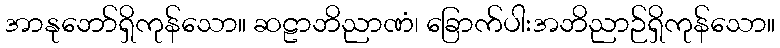
အာနုဘော်ရှိကုန်သော။ ဆဠာဘိညာဏံ၊ ခြောက်ပါးအဘိညာဉ်ရှိကုန်သော။